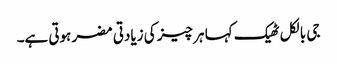
جی بالکل ٹھیک کہا ہر چیز کی زیادتی مضر ہوتی ہے۔